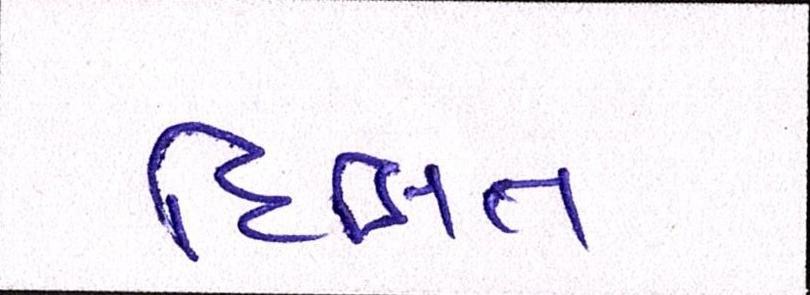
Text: દિક્ષિત